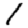
Digit: 1